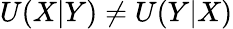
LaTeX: U(X|Y)\neq U(Y|X)